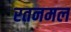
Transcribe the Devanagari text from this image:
रतनमल